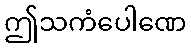
ဤသကံပေါဏေ